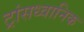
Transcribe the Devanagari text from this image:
ट्रांसध्वानिक